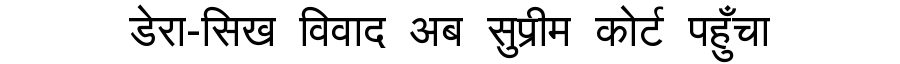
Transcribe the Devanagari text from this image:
डेरा-सिख विवाद अब सुप्रीम कोर्ट पहुँचा